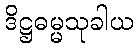
ဒိဋ္ဌဓမ္မသုခါယ